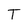
Character: T